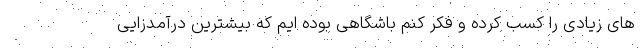
های زیادی را کسب کرده و فکر کنم باشگاهی بوده ایم که بیشترین درآمدزایی